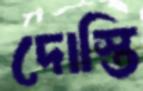
দোস্তি